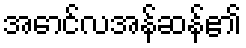
အောင်လအန်ဆန်၏